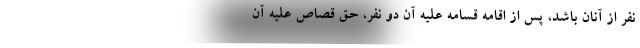
نفر از آنان باشد، پس از اقامه قسامه علیه آن دو نفر، حق قصاص علیه آن